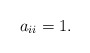
\begin{align*}a_{ii} = 1. \end{align*}